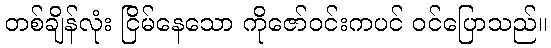
တစ်ချိန်လုံး ငြိမ်နေသော ကိုဇော်ဝင်းကပင် ဝင်ပြောသည်။